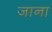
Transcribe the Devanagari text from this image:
जाना